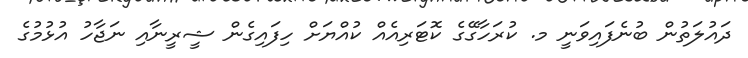
ދައުލަތުން ބުނެފައިވަނީ މ. ކުރަހާގޭގެ ކޮޓަރިއެއް ކުއްޔަށް ހިފައިގެން ޝީރީނާއި ނަޖާހު އުޅުމުގެ